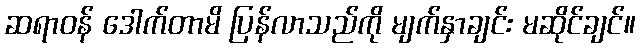
ဆရာဝန် ဒေါက်တာမိ ပြန်လာသည်ကို မျက်နှာချင်း မဆိုင်ချင်။